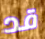
قد